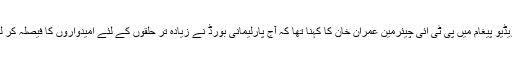
اپنے ویڈیو پیغام میں پی ٹی آئی چیئرمین عمران خان کا کہنا تھا کہ آج پارلیمانی بورڈ نے زیادہ تر حلقوں کے لئے امیدواروں کا فیصلہ کر لیا ہے۔